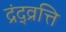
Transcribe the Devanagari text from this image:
द्रंद्व्रत्ति